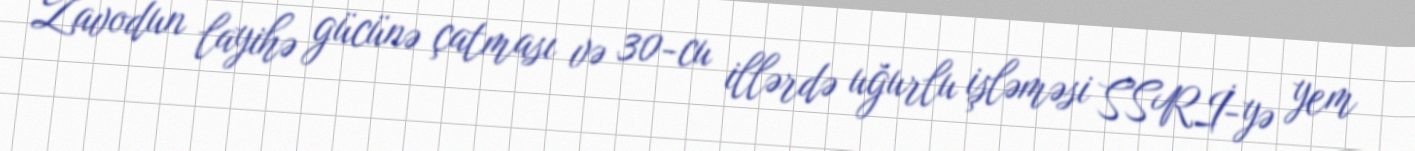
Zavodun layihə gücünə çatması və 30-cu illərdə uğurlu işləməsi SSRİ-yə yem